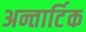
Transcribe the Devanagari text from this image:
अन्तार्टिक